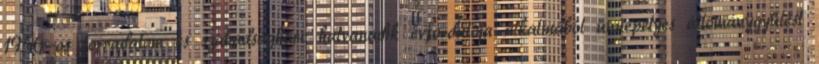
1956-os forradalom és szabadságharc hatvanadik évfordulója alkalmából ünnepélyes állománygyűlést